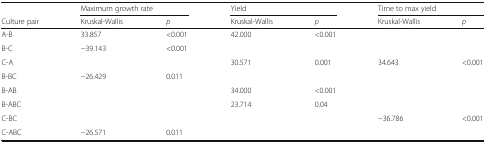
|  | <COLSPAN=2> Maximum growth rate | <COLSPAN=2> Yield | <COLSPAN=2> Time to max yield |
 | Culture pair | Kruskal-Wallis | p | Kruskal-Wallis | p | Kruskal-Wallis | p |
 | --- | --- | --- | --- | --- | --- | --- |
 | A-B | 33.857 | <0.001 | 42.000 | <0.001 |  |  |
 | B-C | −39.143 | <0.001 |  |  |  |  |
 | C-A |  |  | 30.571 | 0.001 | 34.643 | <0.001 |
 | B-BC | −26.429 | 0.011 |  |  |  |  |
 | B-AB |  |  | 34.000 | <0.001 |  |  |
 | B-ABC |  |  | 23.714 | 0.04 |  |  |
 | C-BC |  |  |  |  | −36.786 | <0.001 |
 | C-ABC | −26.571 | 0.011 |  |  |  |  |